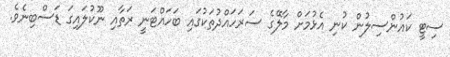
ސިޓީ ކައުންސިލުން ކުނި އެޅުމަށް މާލޭގެ ސަރަހައްދުތަކުގައި ބަހައްޓަނީ ރަތާއި ނޫކުލައިގަ ޑަސްބިނެވެ.